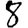
Digit: 8